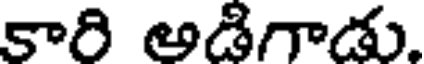
కారి అడిగాడు.